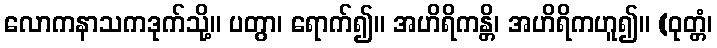
လောကနာသကဒုက်သို့။ ပတွာ၊ ရောက်၍။ အဟိရိကန္တိ၊ အဟိရိကဟူ၍။ (ဝုတ္တံ၊